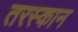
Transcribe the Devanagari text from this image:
तरस्कान